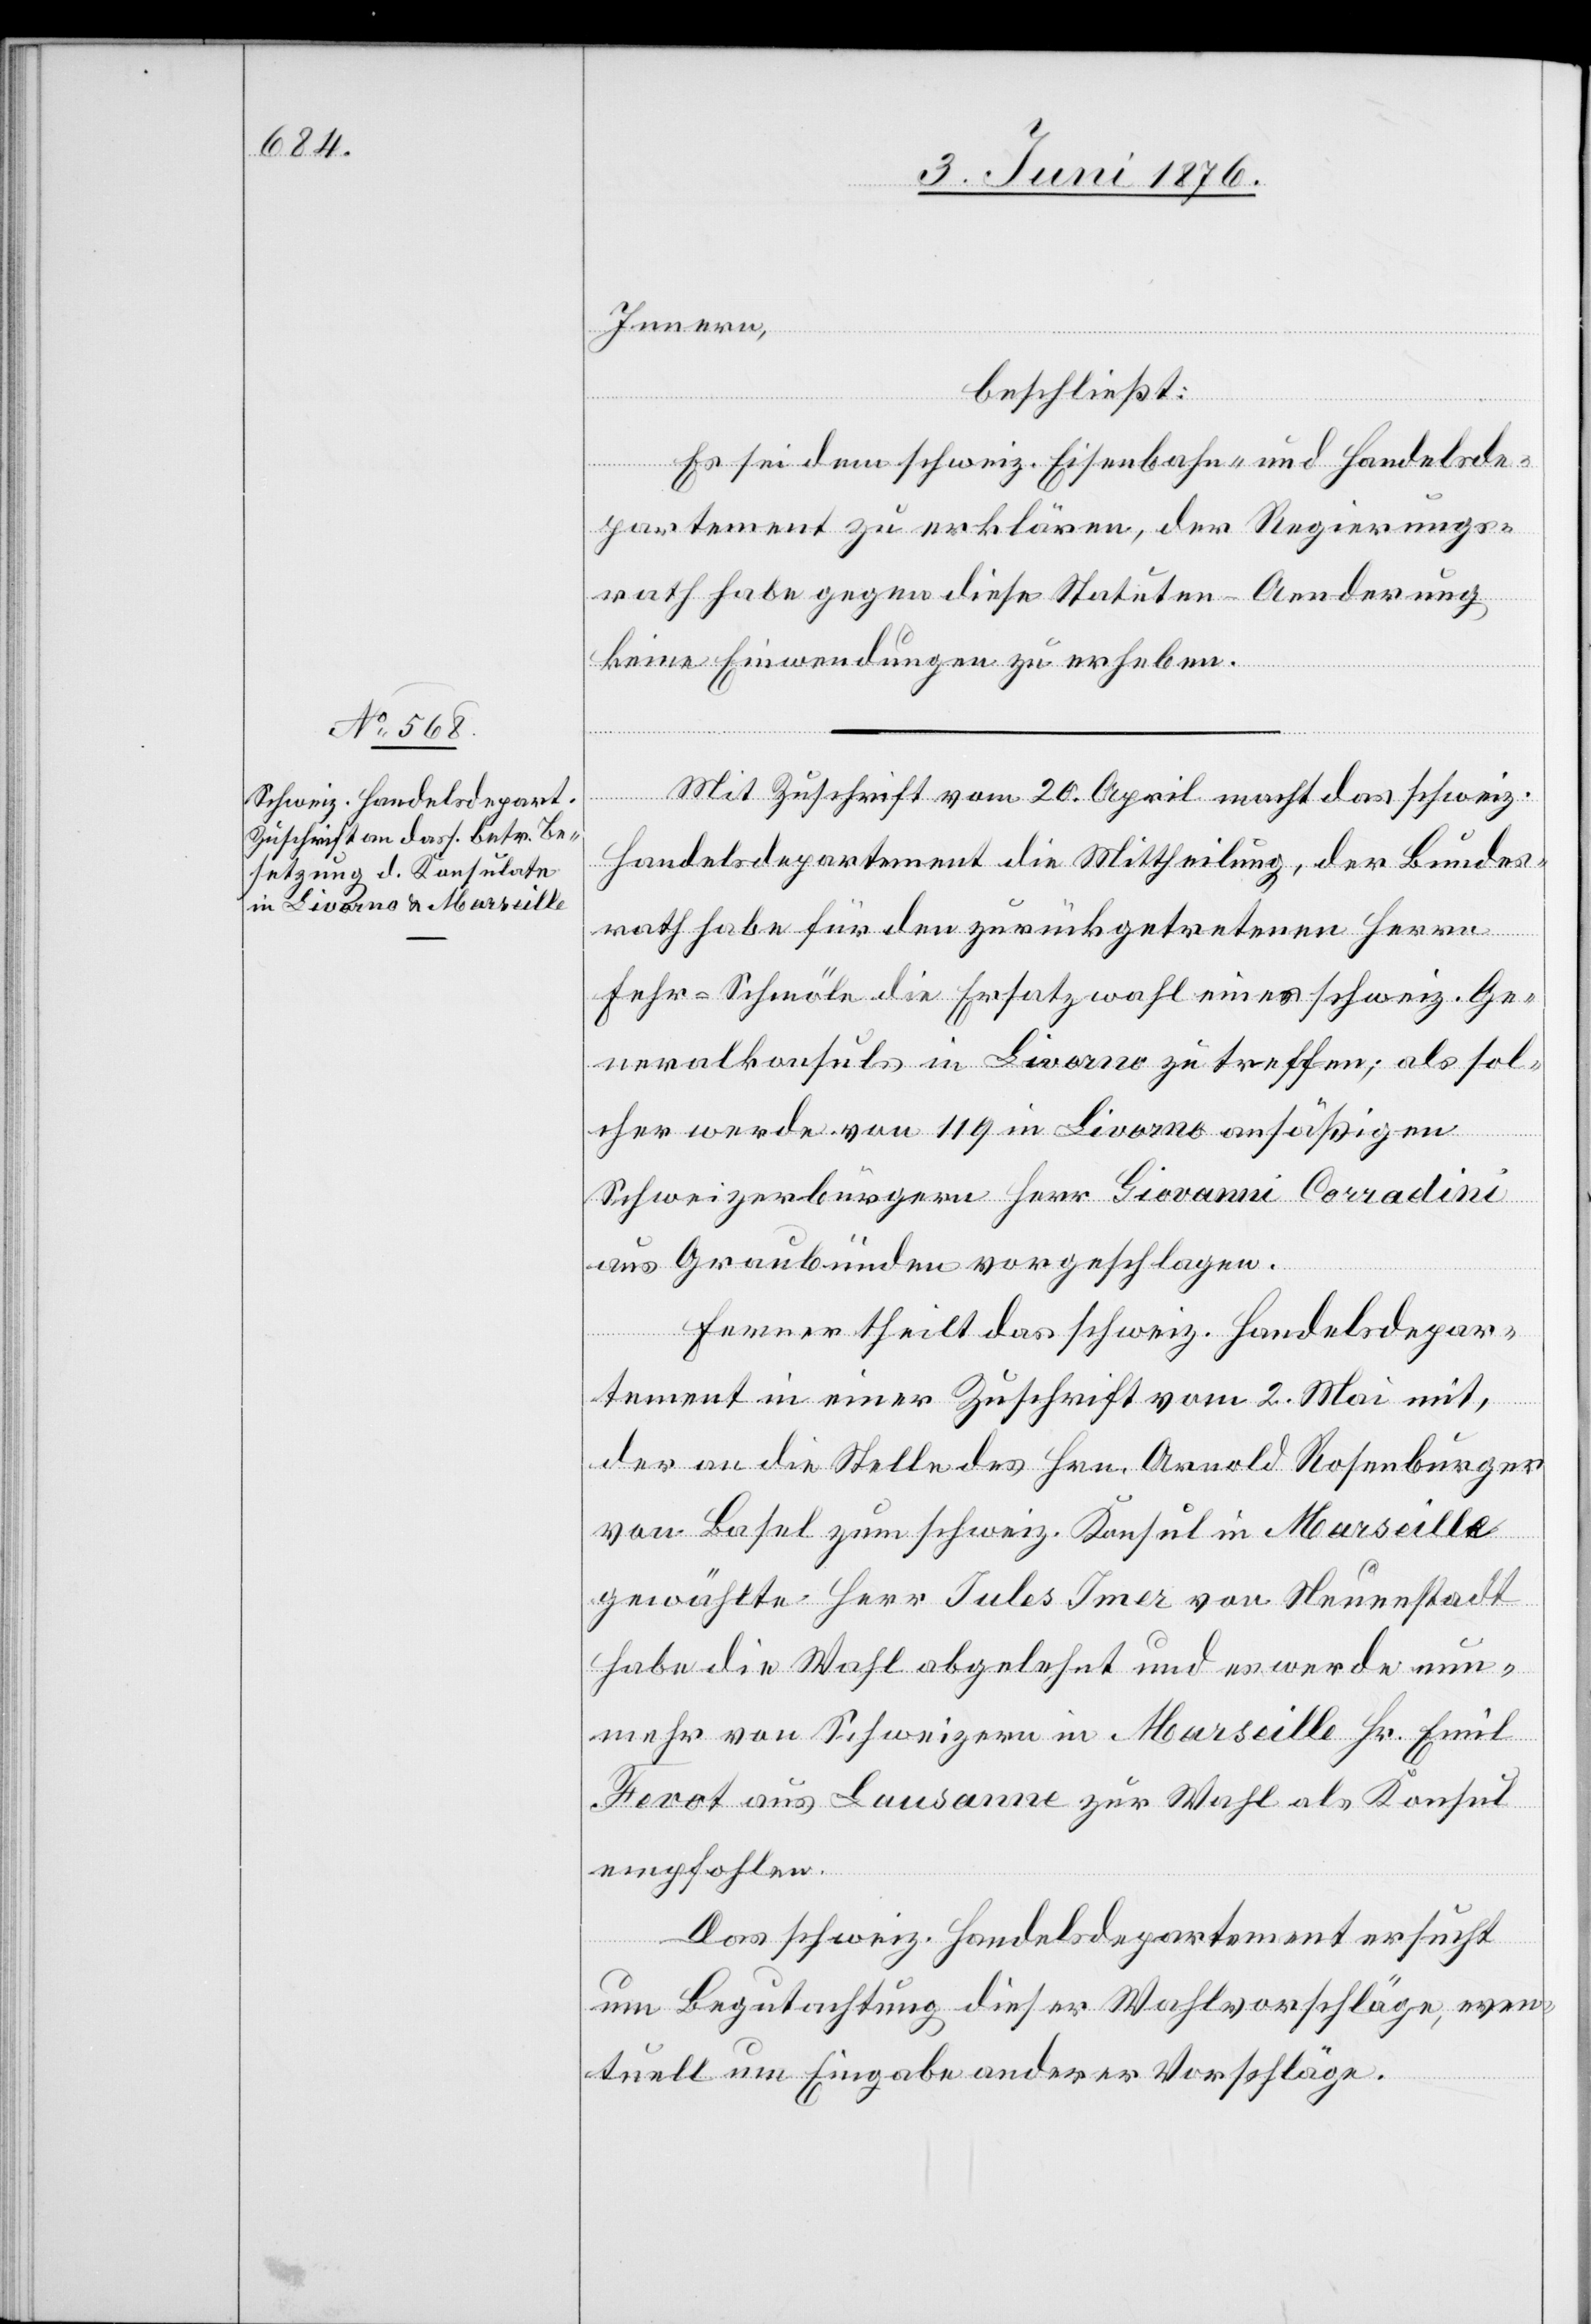
Innern,
beschließt:
Es sei dem schweiz. Eisenbahn- und Handelsde¬
partement zu erklären, der Regierungs¬
rath habe gegen diese Statuten-Aenderung
keine Einwendungen zu erheben.
Mit Zuschrift vom 20. April macht das schweiz.
Handelsdepartement die Mittheilung, der Bundes¬
rath habe für den zurückgetretenen Herrn
Fehr-Schmöle die Ersatzwahl eines schweiz. Ge¬
neralkonsuls in Livorno zu treffen; als sol¬
cher werde von 119 in Livorno ansäßigen
Schweizerbürgern Herr Giovanni Corradini
aus Graubünden vorgeschlagen.
Ferner theilt das schweiz. Handelsdepar¬
tement in einer Zuschrift vom 2. Mai mit,
der an die Stelle des Hrn. Arnold Rosenburger
von Basel zum schweiz. Konsul in Marseille
gewählte Herr Jules Immer von Neuenstadt
habe die Wahl abgelehnt und es werde nun¬
mehr von Schweizern in Marseille Hr. Emil
Fevot aus Lausanne zur Wahl als Konsul
empfohlen.
Das schweiz. Handelsdepartement ersucht
um Begutachtung dieser Wahlvorschläge, even¬
tuell um Eingabe anderer Vorschläge.